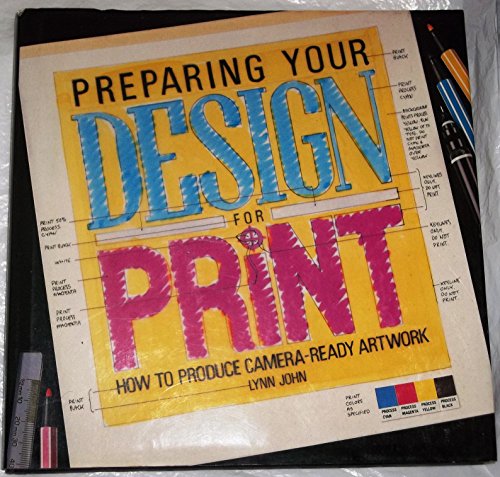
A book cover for Preparing Your Design for Print; Lynn John; Computers & Technology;